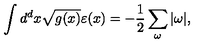
\int d ^ { d } x \sqrt { g ( x ) } \varepsilon ( x ) = - \frac { 1 } { 2 } \sum _ { \omega } | \omega | ,